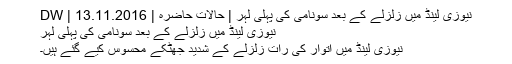
نیوزی لینڈ میں زلزلے کے بعد سونامی کی پہلی لہر | حالات حاضرہ | DW | 13.11.2016
نیوزی لینڈ میں زلزلے کے بعد سونامی کی پہلی لہر
نیوزی لینڈ میں اتوار کی رات زلزلے کے شدید جھٹکے محسوس کیے گئے ہیں۔